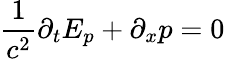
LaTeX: \frac{1}{c^{2}}\partial_{t}E_{p}+\partial_{x}p=0